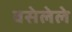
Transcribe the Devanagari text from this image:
वसेलेले